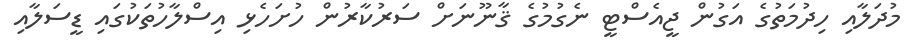
މުދަލާއި ހިދުމަތުގެ އަގުން ޖީއެސްޓީ ނެގުމުގެ ޤާނޫނަށް ސަރުކާރުން ހުށަހެޅި އިސްލާހުތަކުގައި ޑީސަލާއި